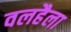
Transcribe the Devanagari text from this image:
वलहैला